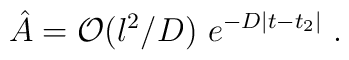
{\hat A} = {\cal O}(l^2/D)~e^{-D|t-t_2|} ~.